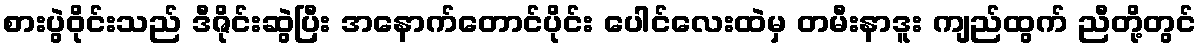
စားပွဲဝိုင်းသည် ဒီဇိုင်းဆွဲပြီး အနောက်တောင်ပိုင်း ပေါင်လေးထဲမှ တမီးနာဒူး ကျည်ထွက် ညီတို့တွင်